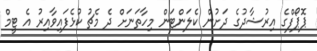
ޕޮޕޯފްގެ އިރުޝާދުގެ ދަށުން ކެލަންޓަން މިހާތަނަށް ދެ މެޗު ކުޅެފައިވާއިރު އެ ޓީމް